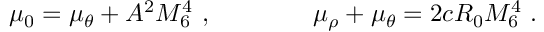
\mu _ { 0 } = \mu _ { \theta } + A ^ { 2 } M _ { 6 } ^ { 4 } \ , \qquad \qquad \mu _ { \rho } + \mu _ { \theta } = 2 c R _ { 0 } M _ { 6 } ^ { 4 } \ .